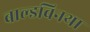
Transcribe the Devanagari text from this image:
बाल्डविनथा